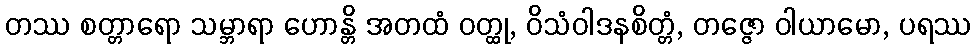
တဿ စတ္တာရော သမ္ဘာရာ ဟောန္တိ အတထံ ဝတ္ထု, ဝိသံဝါဒနစိတ္တံ, တဇ္ဇော ဝါယာမော, ပရဿ